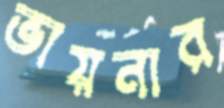
ভায়নার